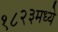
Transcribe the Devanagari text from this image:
१८२३मध्ये